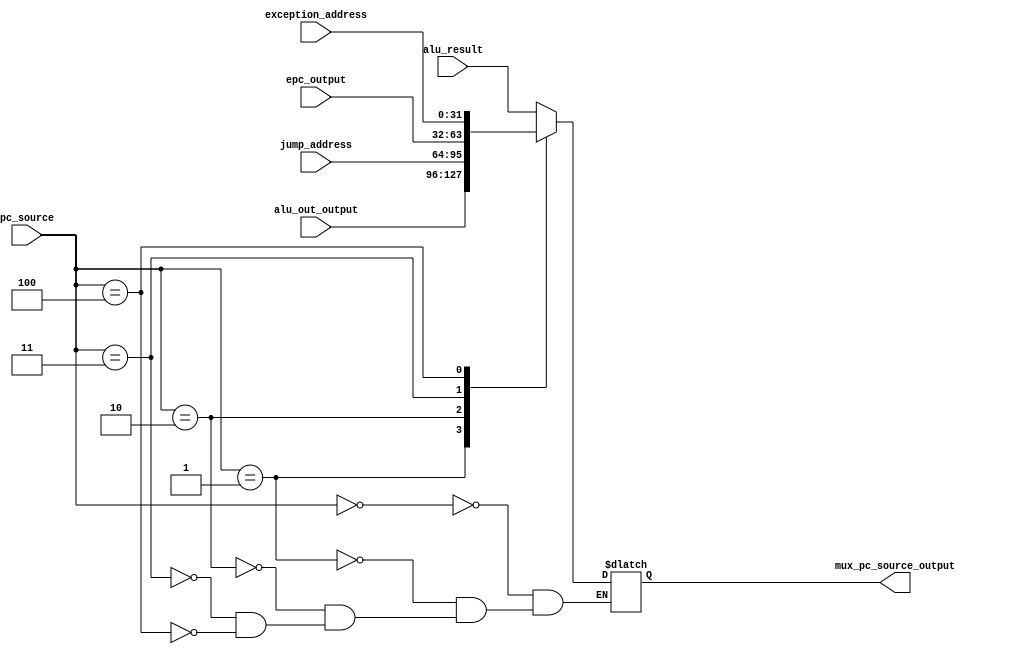
module MuxPCSource (
  input wire [2:0]  pc_source,
  input wire [31:0] alu_result,
  input wire [31:0] alu_out_output,
  input wire [31:0] jump_address,
  input wire [31:0] epc_output,
  input wire [31:0] exception_address,
  output reg [31:0] mux_pc_source_output
);

always @(*) begin
  case (pc_source)
    0: mux_pc_source_output = alu_result;
    1: mux_pc_source_output = alu_out_output;
    2: mux_pc_source_output = jump_address;
    3: mux_pc_source_output = epc_output;
    4: mux_pc_source_output = exception_address;
  endcase
end

endmodule